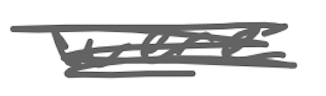
Text: were
Cross-out: scratch
Writing tool: digital_gray